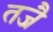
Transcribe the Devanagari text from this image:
तजै